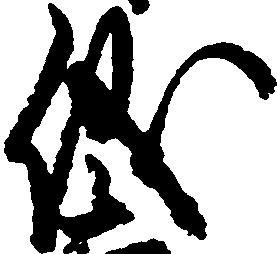
儀